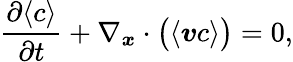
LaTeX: \frac{\partial\langle c\rangle}{\partial t}+\nabla_{\boldsymbol{x}}\cdot\big(\langle\boldsymbol{v}c\rangle\big)=0,